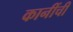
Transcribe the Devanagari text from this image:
कानींची